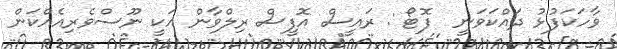
ވާހަކަފުޅު ދައްކަވަނީ  ފޮޓޯ : ރައީސް އޮފީސް ރިލްވާން އަކީ ނޫސްވެރިއެއްކަން